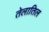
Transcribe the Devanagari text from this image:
तेलातिल